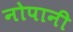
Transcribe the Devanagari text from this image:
नोपानी